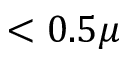
< 0 . 5 \mu